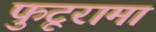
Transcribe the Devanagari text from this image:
फुटूरामा